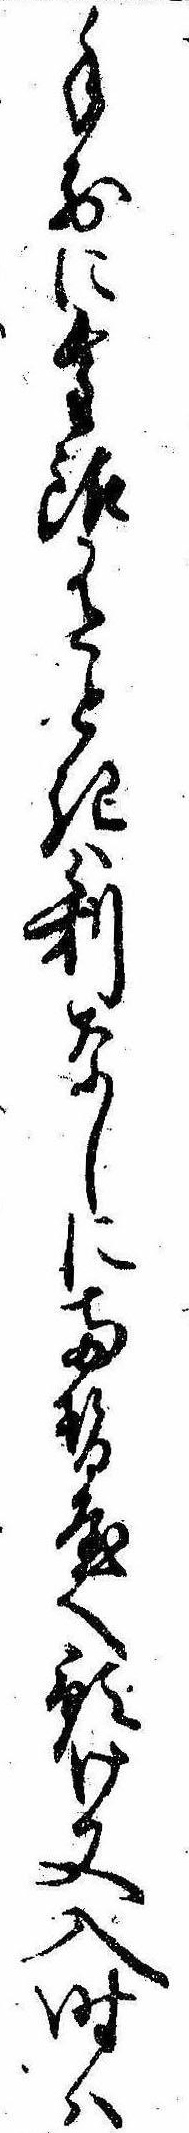
手前に金銀有ときは利なしに両替屋へ預け又入時は